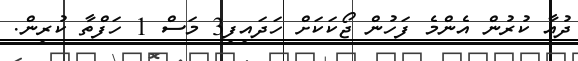
ދުޢާ ކުރުން އެންމެ ފަހުން ޖޯކަކަށް ހަދައިފި3 މަސް 1 ހަފްތާ ކުރިން.